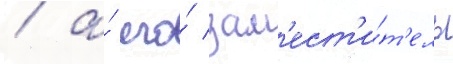
/ а́ его́ зам'ест'и́т'ель